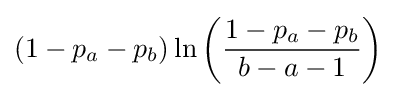
(1-p_{a}-p_{b})\ln \left({\frac {1-p_{a}-p_{b}}{b-a-1}}\right)